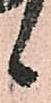
候